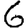
Digit: 6